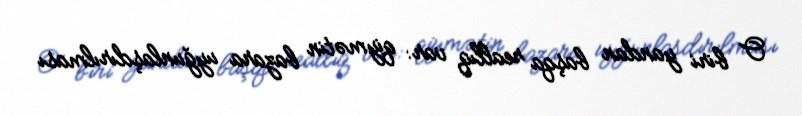
O biri yandan başqa reallıq var: qiymətin bazara uyğunlaşdırılması